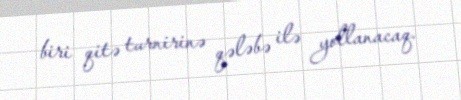
biri qitə turnirinə qələbə ilə yollanacaq.